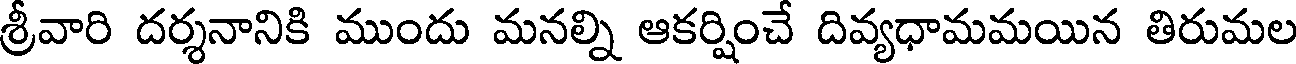
శ్రీవారి దర్శనానికి ముందు మనల్ని ఆకర్షించే దివ్యధామమయిన తిరుమల